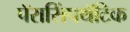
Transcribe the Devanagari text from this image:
पॅरासिंपथॅटिक